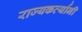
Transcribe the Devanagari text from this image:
राज्यकर्त्यानी